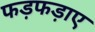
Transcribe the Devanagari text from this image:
फड़फड़ाए